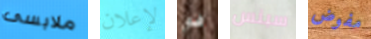
ملابسى لإعلان فو سبنس مفوض